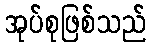
အုပ်စုဖြစ်သည်